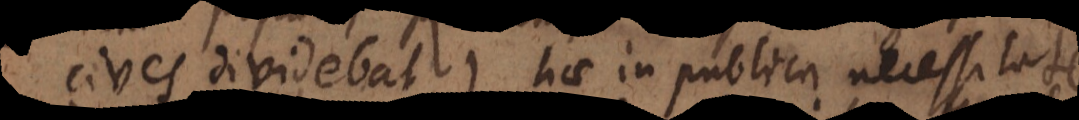
cives dividebat), hae in publica necessitate